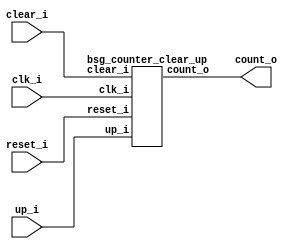
// This program was cloned from: https://github.com/chipsalliance/UHDM-integration-tests
// License: Apache License 2.0



module top
(
  clk_i,
  reset_i,
  clear_i,
  up_i,
  count_o
);

  output [23:0] count_o;
  input clk_i;
  input reset_i;
  input clear_i;
  input up_i;

  bsg_counter_clear_up
  wrapper
  (
    .count_o(count_o),
    .clk_i(clk_i),
    .reset_i(reset_i),
    .clear_i(clear_i),
    .up_i(up_i)
  );


endmodule



module bsg_counter_clear_up
(
  clk_i,
  reset_i,
  clear_i,
  up_i,
  count_o
);

  output [23:0] count_o;
  input clk_i;
  input reset_i;
  input clear_i;
  input up_i;
  wire [23:0] count_o;
  wire N0,N1,N4,N5,N6,N8,N9,N10,N11,N12,N13,N14,N15,N16,N17,N18,N19,N20,N21,N22,N23,
  N24,N25,N26,N27,N28,N29,N31,N32,N33,N34,N35,N36,N37,N2,N3,N7,N30,N38;
  reg count_o_23_sv2v_reg,count_o_22_sv2v_reg,count_o_21_sv2v_reg,count_o_20_sv2v_reg,
  count_o_19_sv2v_reg,count_o_18_sv2v_reg,count_o_17_sv2v_reg,count_o_16_sv2v_reg,
  count_o_15_sv2v_reg,count_o_14_sv2v_reg,count_o_13_sv2v_reg,count_o_12_sv2v_reg,
  count_o_11_sv2v_reg,count_o_10_sv2v_reg,count_o_9_sv2v_reg,count_o_8_sv2v_reg,
  count_o_7_sv2v_reg,count_o_6_sv2v_reg,count_o_5_sv2v_reg,count_o_4_sv2v_reg,
  count_o_3_sv2v_reg,count_o_2_sv2v_reg,count_o_1_sv2v_reg,count_o_0_sv2v_reg;
  assign count_o[23] = count_o_23_sv2v_reg;
  assign count_o[22] = count_o_22_sv2v_reg;
  assign count_o[21] = count_o_21_sv2v_reg;
  assign count_o[20] = count_o_20_sv2v_reg;
  assign count_o[19] = count_o_19_sv2v_reg;
  assign count_o[18] = count_o_18_sv2v_reg;
  assign count_o[17] = count_o_17_sv2v_reg;
  assign count_o[16] = count_o_16_sv2v_reg;
  assign count_o[15] = count_o_15_sv2v_reg;
  assign count_o[14] = count_o_14_sv2v_reg;
  assign count_o[13] = count_o_13_sv2v_reg;
  assign count_o[12] = count_o_12_sv2v_reg;
  assign count_o[11] = count_o_11_sv2v_reg;
  assign count_o[10] = count_o_10_sv2v_reg;
  assign count_o[9] = count_o_9_sv2v_reg;
  assign count_o[8] = count_o_8_sv2v_reg;
  assign count_o[7] = count_o_7_sv2v_reg;
  assign count_o[6] = count_o_6_sv2v_reg;
  assign count_o[5] = count_o_5_sv2v_reg;
  assign count_o[4] = count_o_4_sv2v_reg;
  assign count_o[3] = count_o_3_sv2v_reg;
  assign count_o[2] = count_o_2_sv2v_reg;
  assign count_o[1] = count_o_1_sv2v_reg;
  assign count_o[0] = count_o_0_sv2v_reg;
  assign N38 = reset_i | clear_i;
  assign { N29, N28, N27, N26, N25, N24, N23, N22, N21, N20, N19, N18, N17, N16, N15, N14, N13, N12, N11, N10, N9, N8, N6, N5 } = count_o + 1'b1;
  assign N31 = (N0)? 1'b1 : 
               (N7)? 1'b1 : 
               (N3)? 1'b0 : 1'b0;
  assign N0 = clear_i;
  assign N33 = (N1)? 1'b1 : 
               (N30)? 1'b0 : 1'b0;
  assign N1 = up_i;
  assign N32 = (N0)? up_i : 
               (N7)? N5 : 1'b0;
  assign N4 = N37;
  assign N34 = ~reset_i;
  assign N35 = ~clear_i;
  assign N36 = N34 & N35;
  assign N37 = up_i & N36;
  assign N2 = up_i | clear_i;
  assign N3 = ~N2;
  assign N7 = up_i & N35;
  assign N30 = ~up_i;

  always @(posedge clk_i) begin
    if(N38) begin
      count_o_23_sv2v_reg <= 1'b0;
      count_o_22_sv2v_reg <= 1'b0;
      count_o_21_sv2v_reg <= 1'b0;
      count_o_20_sv2v_reg <= 1'b0;
      count_o_19_sv2v_reg <= 1'b0;
      count_o_18_sv2v_reg <= 1'b0;
      count_o_17_sv2v_reg <= 1'b0;
      count_o_16_sv2v_reg <= 1'b0;
      count_o_15_sv2v_reg <= 1'b0;
      count_o_14_sv2v_reg <= 1'b0;
      count_o_13_sv2v_reg <= 1'b0;
      count_o_12_sv2v_reg <= 1'b0;
      count_o_11_sv2v_reg <= 1'b0;
      count_o_10_sv2v_reg <= 1'b0;
      count_o_9_sv2v_reg <= 1'b0;
      count_o_8_sv2v_reg <= 1'b0;
      count_o_7_sv2v_reg <= 1'b0;
      count_o_6_sv2v_reg <= 1'b0;
      count_o_5_sv2v_reg <= 1'b0;
      count_o_4_sv2v_reg <= 1'b0;
      count_o_3_sv2v_reg <= 1'b0;
      count_o_2_sv2v_reg <= 1'b0;
      count_o_1_sv2v_reg <= 1'b0;
    end else if(N33) begin
      count_o_23_sv2v_reg <= N29;
      count_o_22_sv2v_reg <= N28;
      count_o_21_sv2v_reg <= N27;
      count_o_20_sv2v_reg <= N26;
      count_o_19_sv2v_reg <= N25;
      count_o_18_sv2v_reg <= N24;
      count_o_17_sv2v_reg <= N23;
      count_o_16_sv2v_reg <= N22;
      count_o_15_sv2v_reg <= N21;
      count_o_14_sv2v_reg <= N20;
      count_o_13_sv2v_reg <= N19;
      count_o_12_sv2v_reg <= N18;
      count_o_11_sv2v_reg <= N17;
      count_o_10_sv2v_reg <= N16;
      count_o_9_sv2v_reg <= N15;
      count_o_8_sv2v_reg <= N14;
      count_o_7_sv2v_reg <= N13;
      count_o_6_sv2v_reg <= N12;
      count_o_5_sv2v_reg <= N11;
      count_o_4_sv2v_reg <= N10;
      count_o_3_sv2v_reg <= N9;
      count_o_2_sv2v_reg <= N8;
      count_o_1_sv2v_reg <= N6;
    end 
    if(reset_i) begin
      count_o_0_sv2v_reg <= 1'b0;
    end else if(N31) begin
      count_o_0_sv2v_reg <= N32;
    end 
  end


endmodule